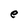
Character: e